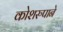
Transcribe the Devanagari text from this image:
कोशरुपाने